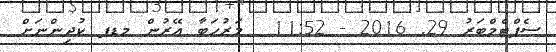
ސެޕްޓެމްބަރު 29